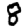
Digit: 8